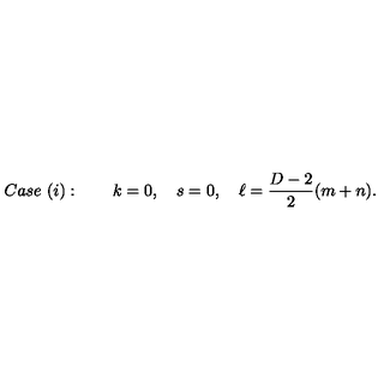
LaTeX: C a s e \ ( i ) : \qquad k = 0 , \quad s = 0 , \quad \ell = \frac { D - 2 } { 2 } ( m + n ) .